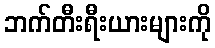
ဘက်တီးရီးယားများကို